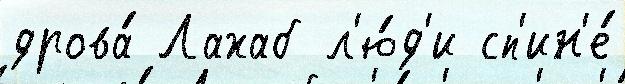
дрова́ Лахаб л'ю́д'и сп'ин'е́